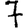
Digit: 7